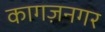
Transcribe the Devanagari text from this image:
कागज़नगर